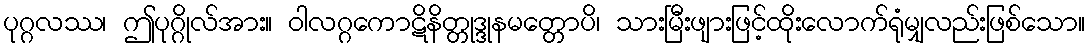
ပုဂ္ဂလဿ၊ ဤပုဂ္ဂိုလ်အား။ ဝါလဂ္ဂကောဋိနိတ္တုဒ္ဒုနမတ္တောပိ၊ သားမြီးဖျားဖြင့်ထိုးလောက်ရုံမျှလည်းဖြစ်သော။